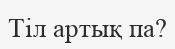
Тіл артық па?